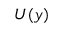
U ( y )